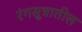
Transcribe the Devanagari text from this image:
रंगसूत्रातील